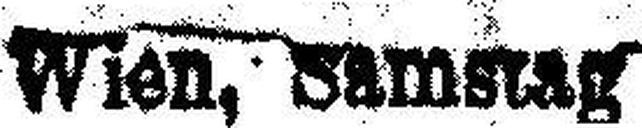
Wien, Samstag